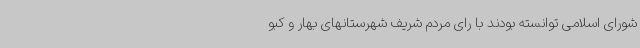
شورای اسلامی توانسته بودند با رای مردم شریف شهرستانهای بهار و کبو